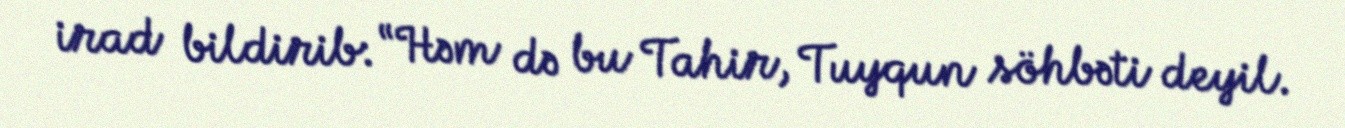
irad bildirib: “Həm də bu Tahir, Tuyqun söhbəti deyil.